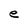
Character: e